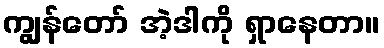
ကျွန်တော် အဲ့ဒါကို ရှာနေတာ။